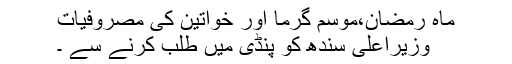
ماہ رمضان،موسم گرما اور خواتین کی مصروفیات
وزیراعلی سندھ کو پنڈی میں طلب کرنے سے ۔